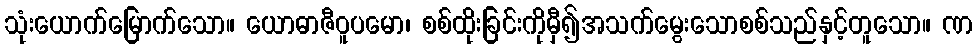
သုံးယောက်မြောက်သော။ ယောဓာဇီဝူပမော၊ စစ်ထိုးခြင်းကိုမှီ၍အသက်မွေးသောစစ်သည်နှင့်တူသော။ ဏ